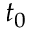
t _ { 0 }